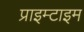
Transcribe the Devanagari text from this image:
प्राइम्टाइम